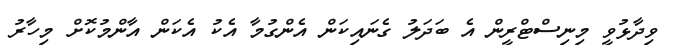
ވިދާޅުވީ މިނިސްޓްރީން އެ ބަދަލު ގެނައިކަން އެންގުމާ އެކު އެކަން އާންމުކޮށް މިހާރު